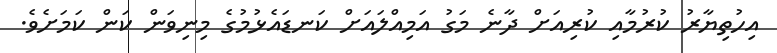
އިހުތިޔާރު ކުރުމާއި ކުރިއަށް ދާނެ މަގު އަމިއްލައަށް ކަނޑައެޅުމުގެ މިނިވަން ކަން ކަމަށެވެ.